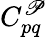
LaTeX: C_{pq}^{\mathscr{P}}